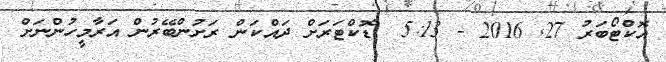
އޮކްޓޯބަރު 27